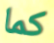
كما